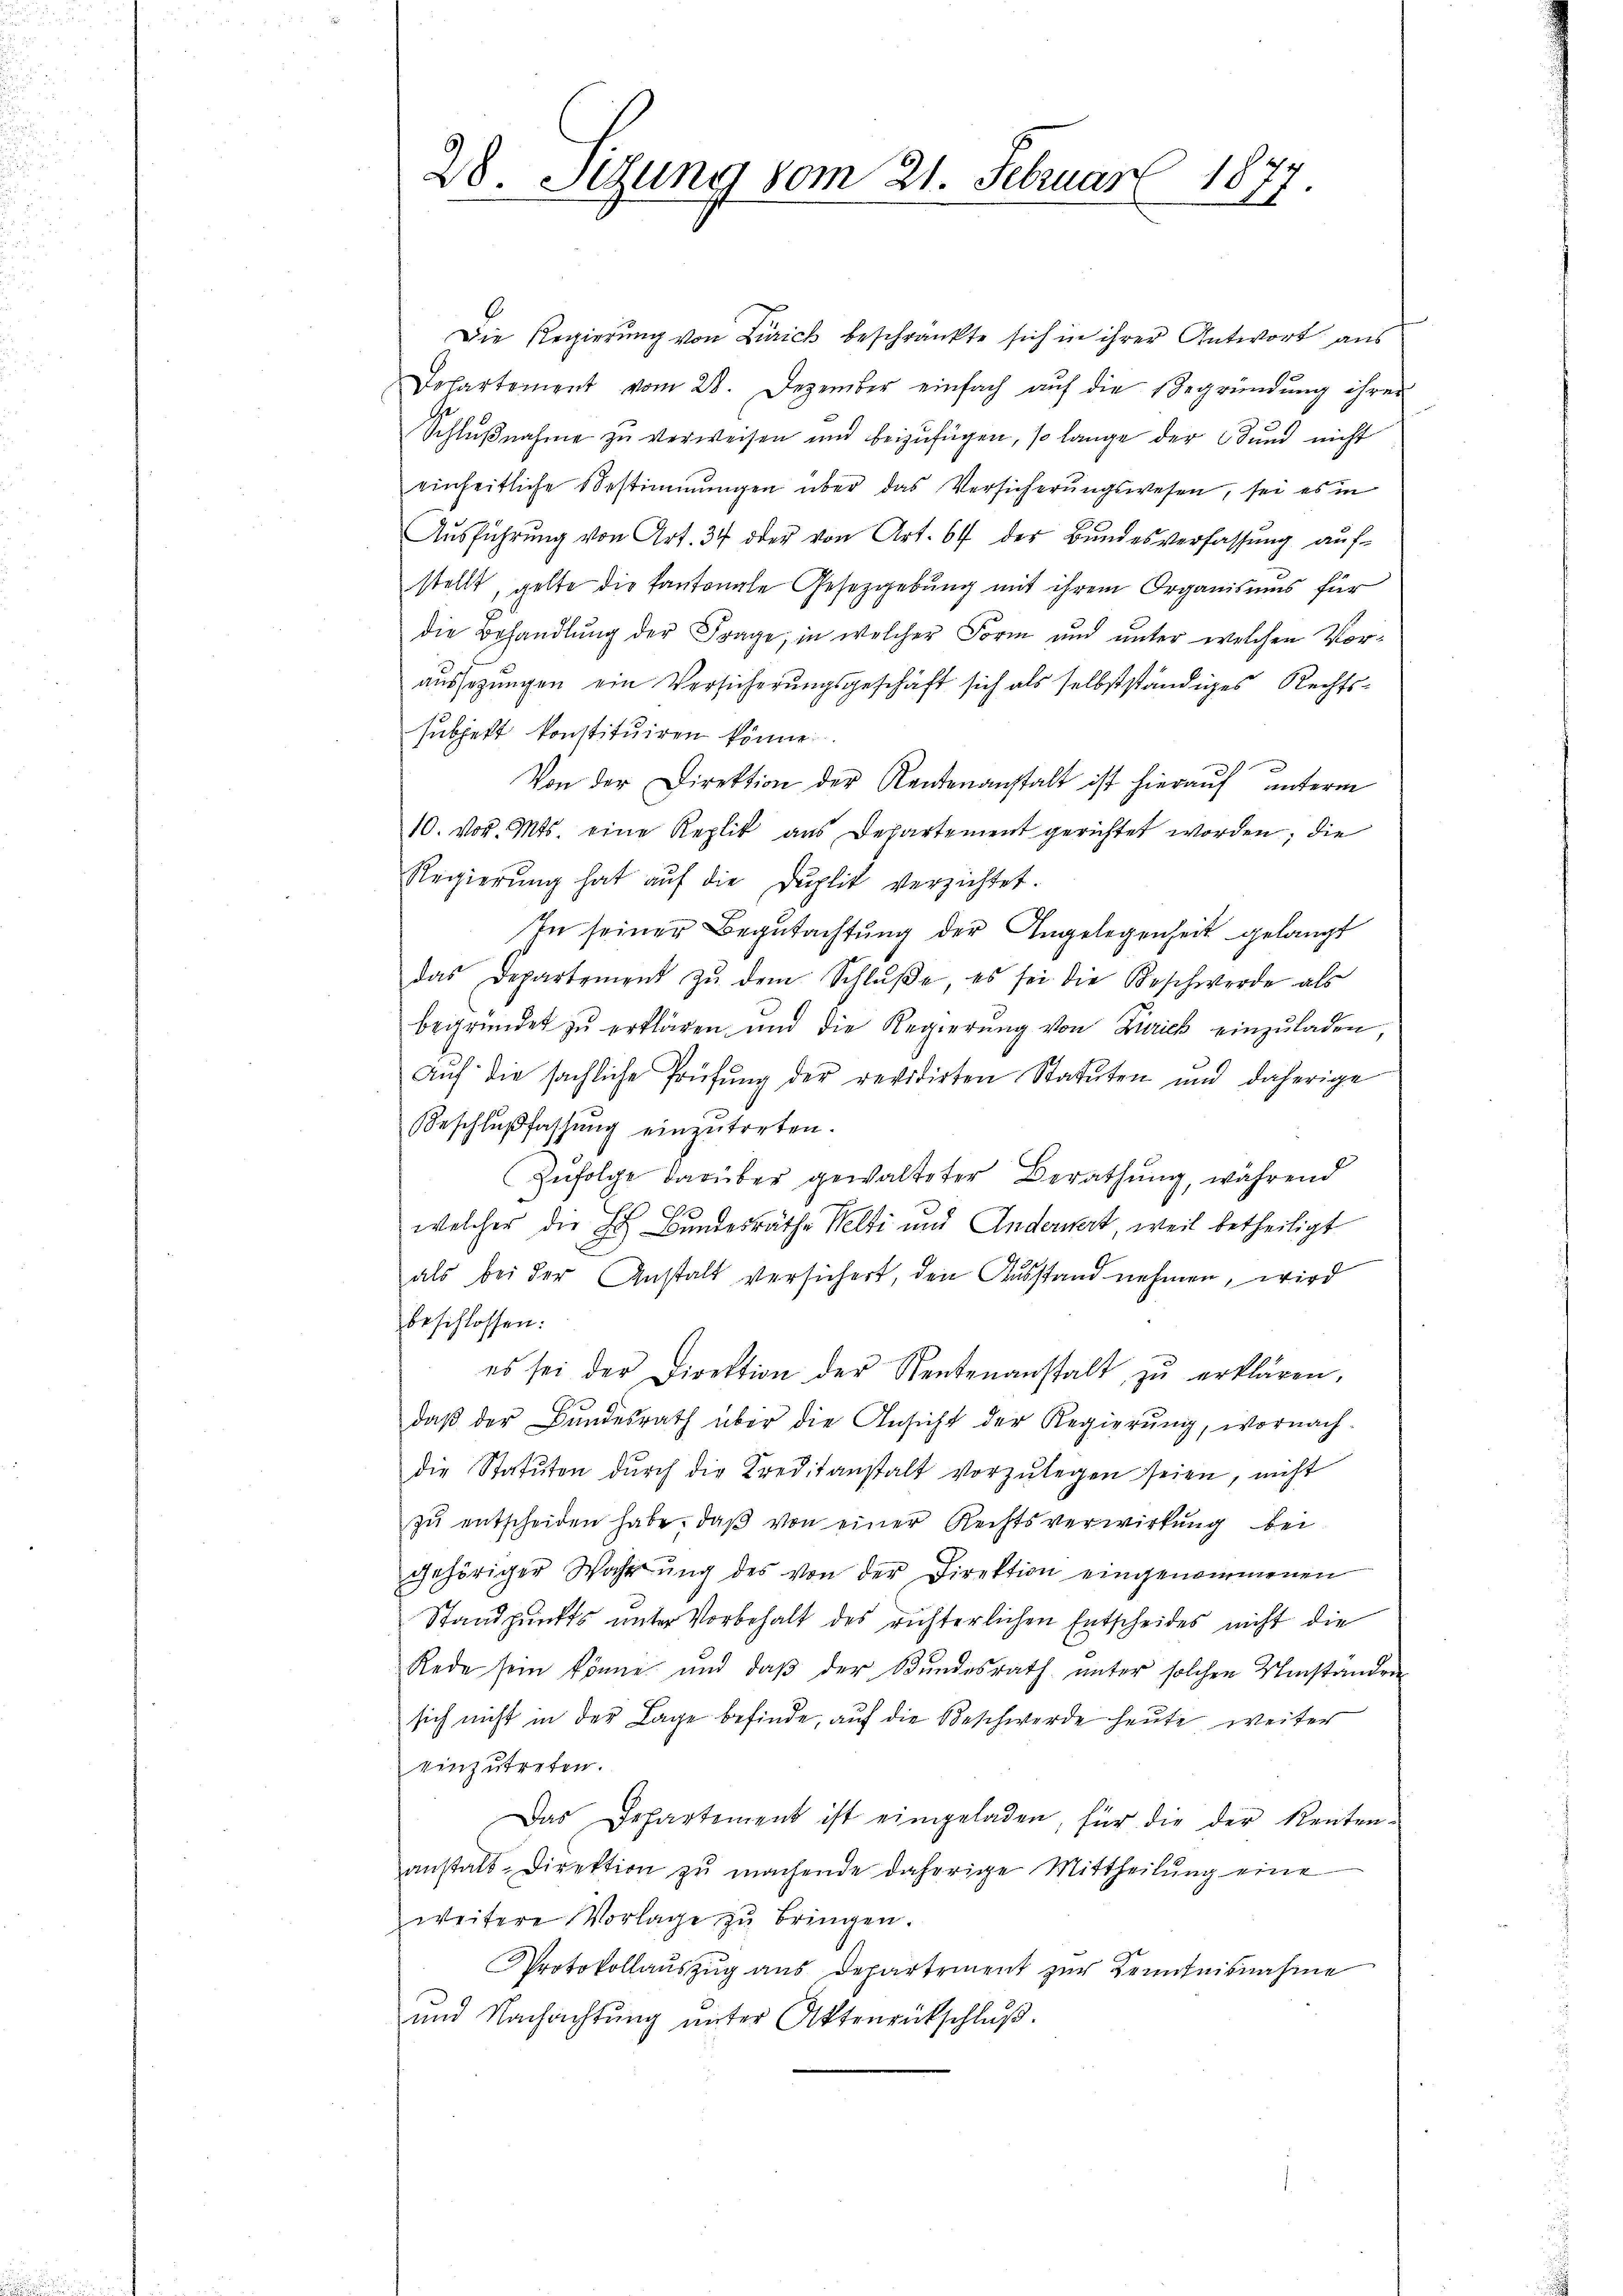
28. Setzung vom 21. Februar 1877.

Die Regierung von Zürich beschränkte sich in ihrer Antwort aus
Departement vom 28. Dezember einfach aŭf die Begründŭng ihrer
Schlußnahme zu verweisen und beizufügen, so lange der Bund nicht
einheitliche Bestimmungen über das Versicherungswesen, sei es in
Ausführung von Art. 34 oder von Art. 64 der Bundesverfassung auf-
stellt, gelte die Kantonale Gesetzgebung mit ihrem Organismus für
die Behandlung der Frage, in welcher Form und unter welchen Voraussezungen ein Versicherungsgeschäft sich als selbstständiges Rechtssubjekt konstituiren könne.
Von der Direktion der Rentenanstalt ist hieraŭf unterm
10. vor. Mts. eine Replit aus Departement gerichtet worden; die
Regierung hat auf die Duplik verzichtet.
In seiner Begutachtung der Angelegenheit gelangt
das Departement zu dem Schluße, es sei die Beschwerde als
begründet zŭ erklären und die Regierŭng von Zürich einzŭladen,
Aŭf die sächliche Prüfŭng der revidirten Statuten und daherige
Beschlŭβfassŭng einzŭtreten.
Zufolge darüber gewalteter Berathung, während
C
welcher die Bundesräthe Welti und Anderwert, weil betheiligt
als bei der Anstalt versichert, den Ausstand nehmen, wird
beschlossen:
es sei der Direktion der Rentenanstalt zŭ erklären,
daβ der Bŭndesrath über die Ansicht der Regierŭng, wornach-
die Statŭten dŭrch die Kreditanstalt vorzŭlegen seien, nicht
zŭ entscheiden habe, daβ von einer Rechtsverwirkung bei
gehöriger Wahrŭng des von der Direktion eingenommenen
Standpunkts unter Vorbehalt des richterlichen Entscheides nicht die
Rede sein könne und daß der Bundesrath unter solchen Umstanden
sich nicht in der Lage befinde, auf die Beschwerde heute, weiter
einzutreten.
Das Departement ist eingeladen, für die der Renten-
anstalt-Direktion zŭ machende daherige Mittheilŭng eine
weitere Vorlage zŭ bringen.
Protokollauszug aus Departement zur Kenntnisnahme
und Nachachtŭng ŭnter Aktenrückschluß.